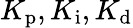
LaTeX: K_{\mathrm{p}},K_{\mathrm{i}},K_{\mathrm{d}}